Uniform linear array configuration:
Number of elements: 64
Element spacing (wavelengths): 1
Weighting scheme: binomial
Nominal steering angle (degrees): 30
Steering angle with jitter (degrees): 28.173
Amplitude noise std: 0.05
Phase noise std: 0.05

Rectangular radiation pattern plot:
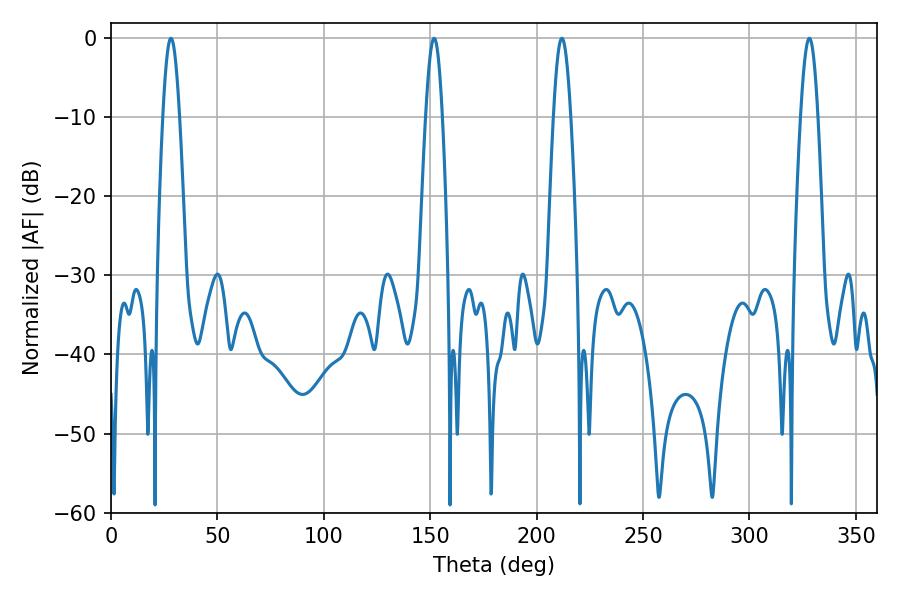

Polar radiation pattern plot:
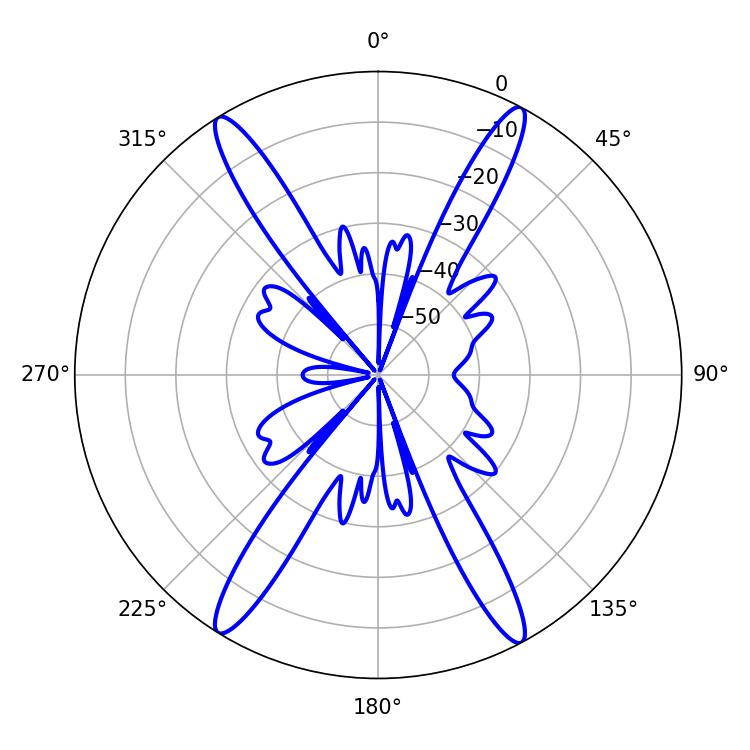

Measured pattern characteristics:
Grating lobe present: TRUE
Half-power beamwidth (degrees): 4.32
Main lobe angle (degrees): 211.86